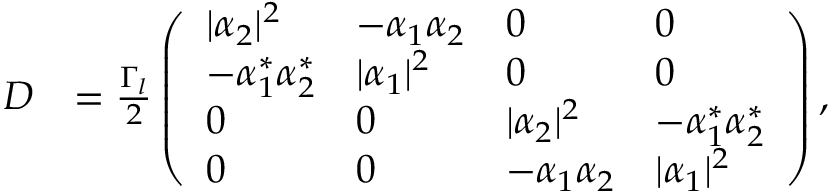
\begin{array} { r l } { D } & { = \frac { \Gamma _ { l } } { 2 } \left( \begin{array} { l l l l } { \lvert \alpha _ { 2 } \rvert ^ { 2 } } & { - \alpha _ { 1 } \alpha _ { 2 } } & { 0 } & { 0 } \\ { - \alpha _ { 1 } ^ { * } \alpha _ { 2 } ^ { * } } & { \lvert \alpha _ { 1 } \rvert ^ { 2 } } & { 0 } & { 0 } \\ { 0 } & { 0 } & { \lvert \alpha _ { 2 } \rvert ^ { 2 } } & { - \alpha _ { 1 } ^ { * } \alpha _ { 2 } ^ { * } } \\ { 0 } & { 0 } & { - \alpha _ { 1 } \alpha _ { 2 } } & { \lvert \alpha _ { 1 } \rvert ^ { 2 } } \end{array} \right) , } \end{array}